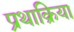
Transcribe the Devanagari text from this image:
प्रथाक्रिया